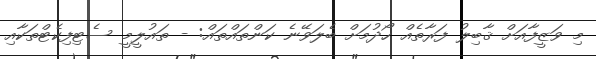
މި ވަޒީފާއަށް ޤާބިލު ފަރާތެއް ހޯދުމަށް ބެލަވޭނެ ކަންތައްތައް: - ތައުލީމީ ސެޓިފިކެޓްތަކާއި